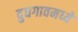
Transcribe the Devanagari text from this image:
दुधगावमध्ये